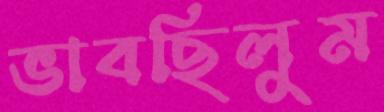
ভাবছিলুম